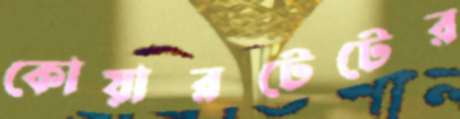
কোয়ারটেটের